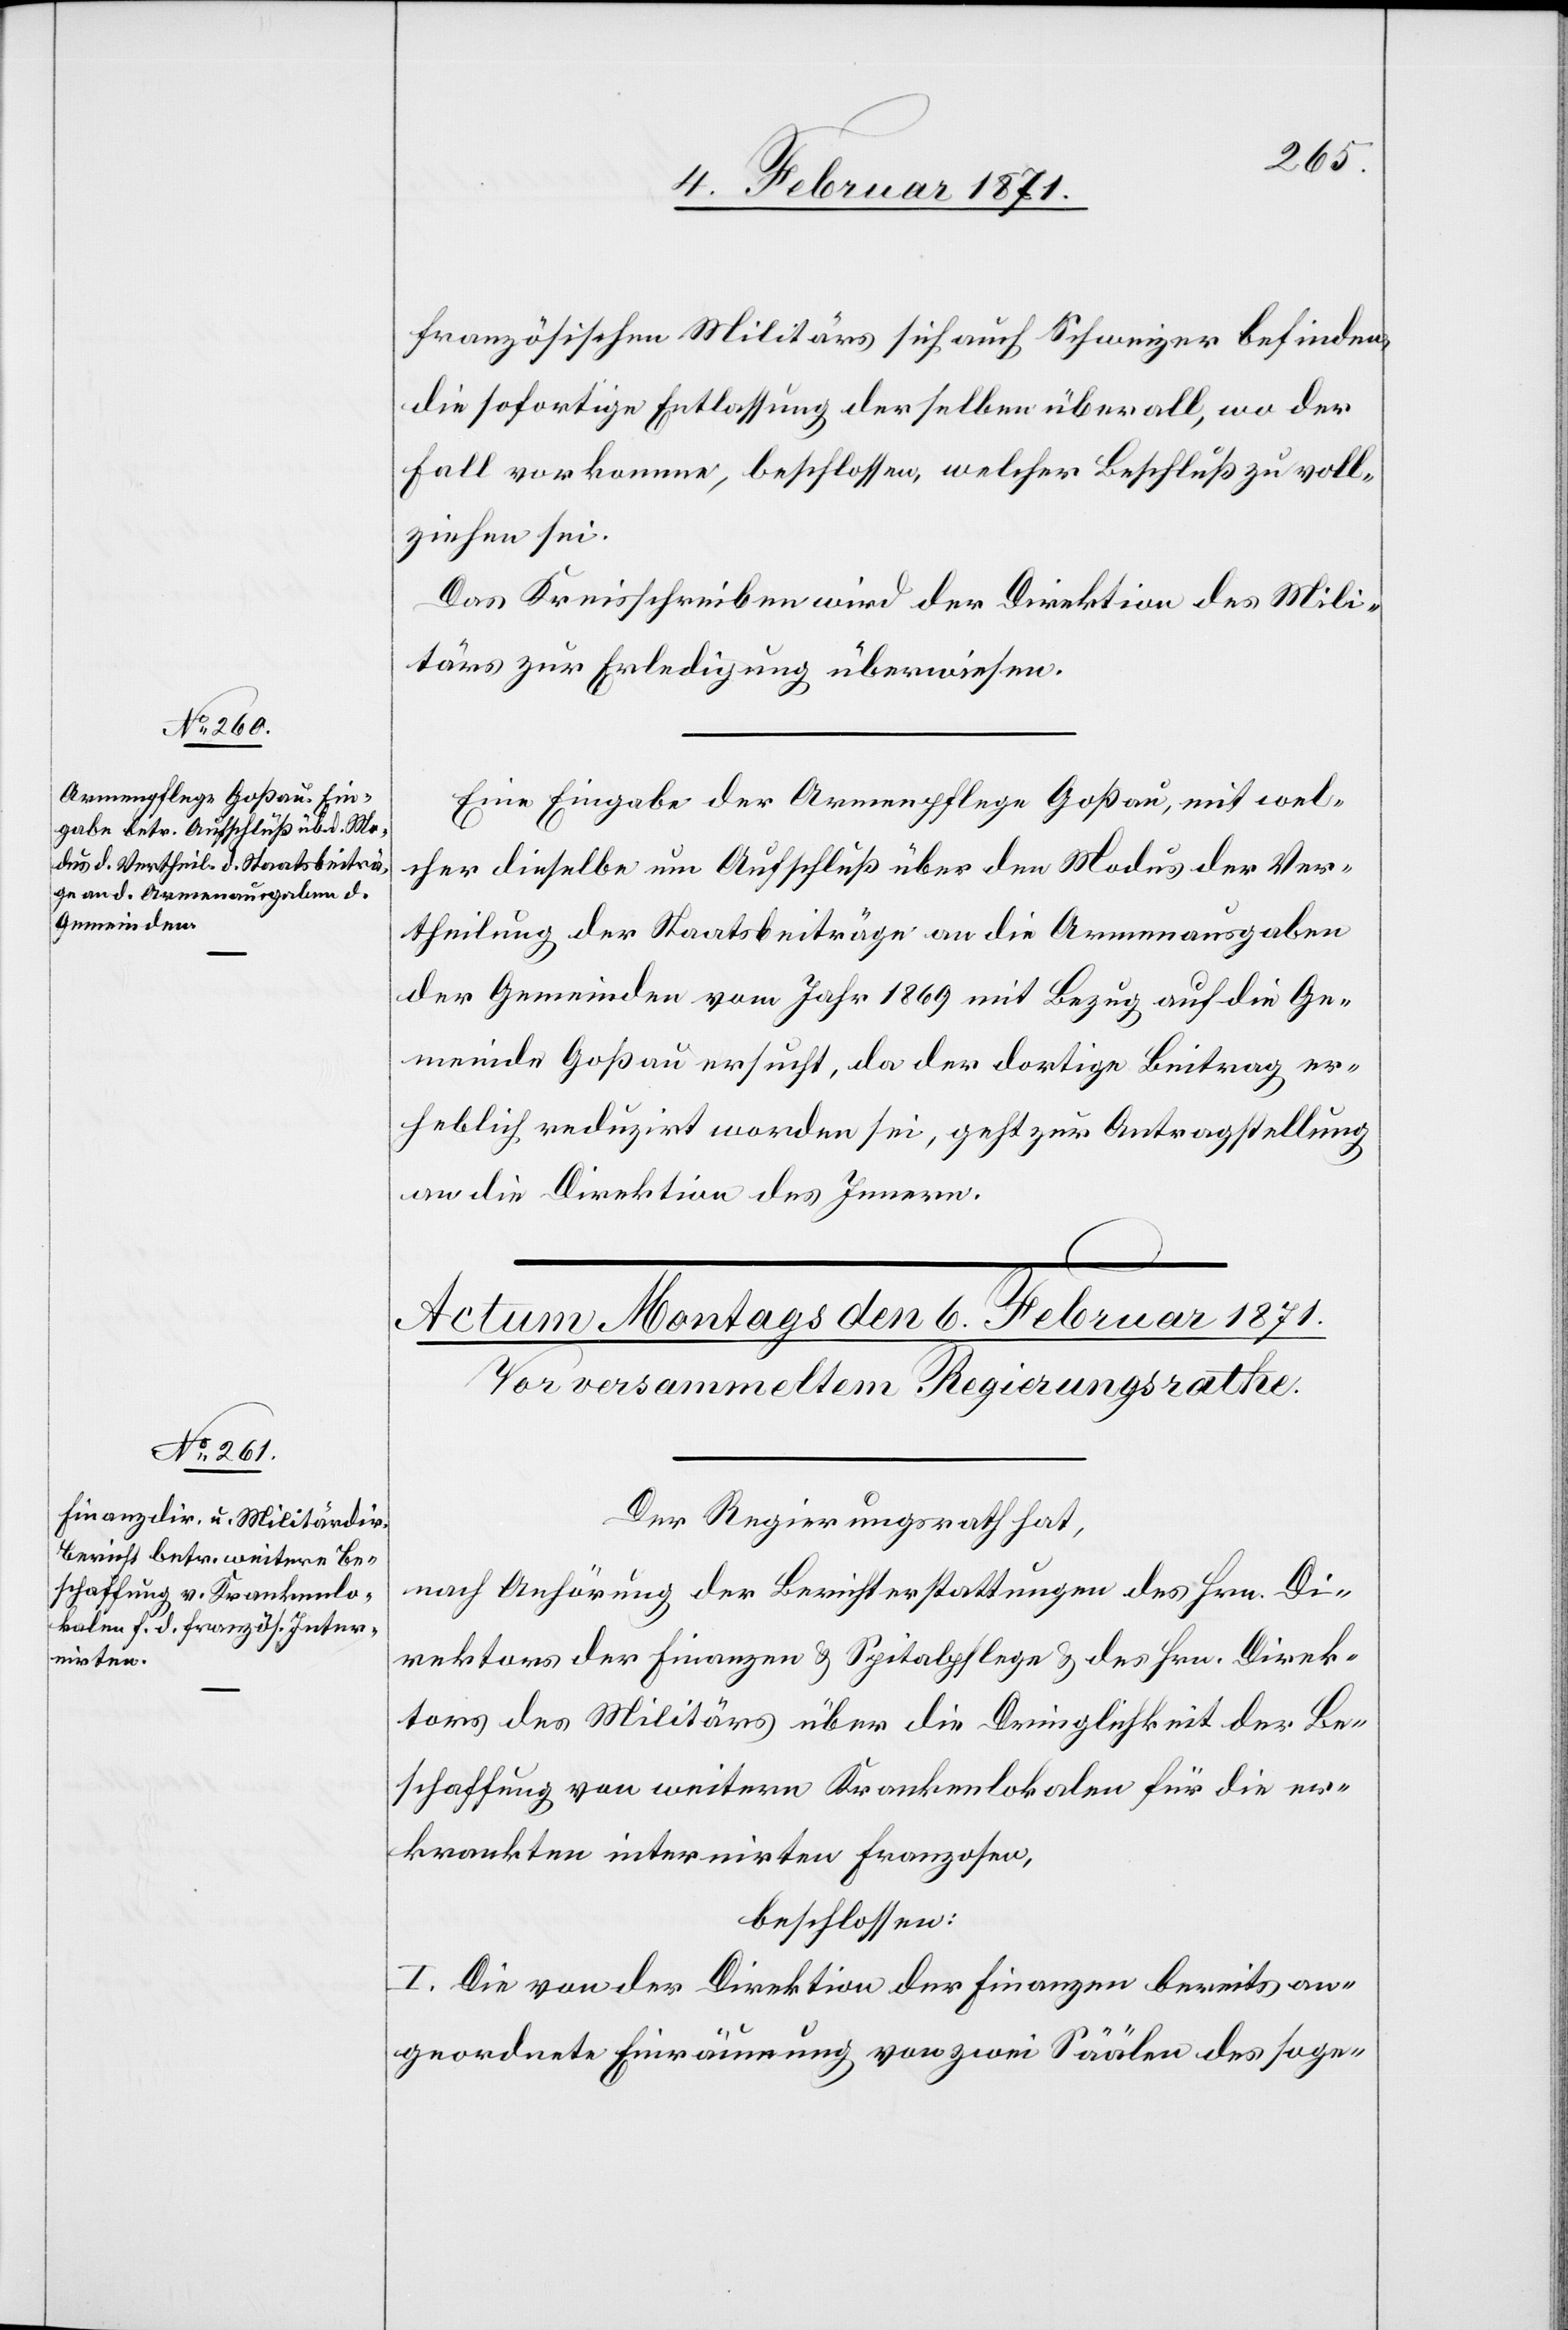
5. Februar 1871.]
französischen Militärs sich auch Schweizer befinden,
die sofortige Entlassung derselben überall, wo der
Fall vorkomme, beschlossen, welcher Beschluß zu voll¬
ziehen sei.
Das Kreisschreiben wird der Direktion des Mili¬
tärs zur Erledigung überwiesen.
Eine Eingabe der Armenpflege Goßau, mit wel¬
cher dieselbe um Aufschluß über den Modus der Ver¬
theilung der Staatsbeiträge an die Armenausgaben
der Gemeinden vom Jahr 1869 mit Bezug auf die Ge¬
meinde Goßau ersucht, da der dortige Beitrag er¬
heblich reduzirt worden sei, geht zur Antragstellung
an die Direktion des Innern.
Der Regierungsrath hat,
nach Anhörung der Berichterstattung des Hrn. Di¬
rektors der Finanzen u. Spitalpflege u. des Hrn. Direk¬
tors des Militärs über die Dringlichkeit der Be¬
schaffung von weitern Krankenlokalen für die er¬
krankten internirten Franzosen,
beschlossen:
I. Die von der Direktion der Finanzen bereits an¬
geordnete Einräumung von zwei Säälen des soge-